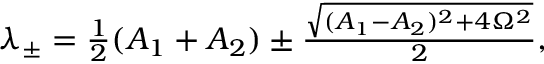
\begin{array} { r } { \lambda _ { \pm } = \frac { 1 } { 2 } ( A _ { 1 } + A _ { 2 } ) \pm \frac { \sqrt { ( A _ { 1 } - A _ { 2 } ) ^ { 2 } + 4 \Omega ^ { 2 } } } { 2 } , } \end{array}